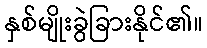
နှစ်မျိုးခွဲခြားနိုင်၏။